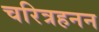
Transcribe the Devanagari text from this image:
चरित्रहनन